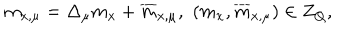
LaTeX: m _ { x , \mu } = \Delta _ { \mu } m _ { x } + \overline { { { m } } } _ { x , \mu } , \, \, ( m _ { x } , \overline { { { m } } } _ { x , \mu } ) \in Z _ { Q } ,